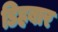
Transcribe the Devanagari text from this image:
डिहबार